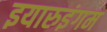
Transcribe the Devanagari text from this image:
इयारुइंगम